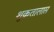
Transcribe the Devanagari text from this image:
शुक्रतालास